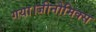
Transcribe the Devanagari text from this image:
गया।जीनोमिक्स